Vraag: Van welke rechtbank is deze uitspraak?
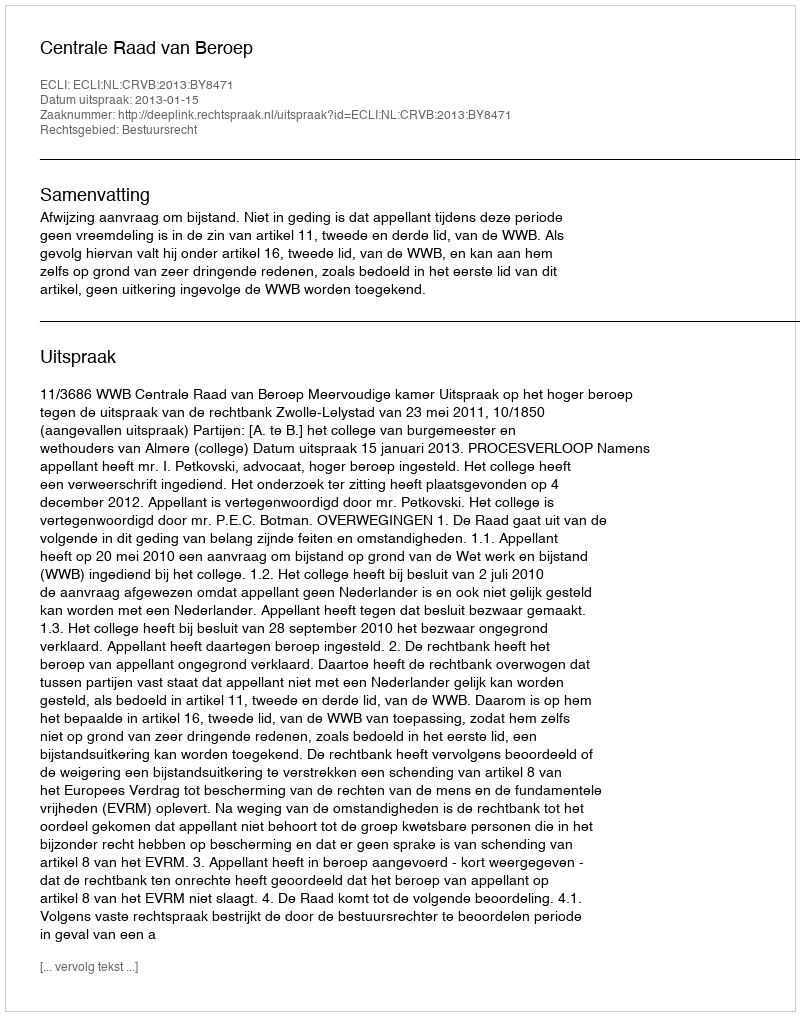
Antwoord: Centrale Raad van Beroep